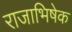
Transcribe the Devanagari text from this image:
राजाभिषेक